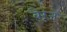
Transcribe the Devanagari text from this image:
बेरूज